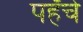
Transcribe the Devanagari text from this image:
पहँचे